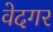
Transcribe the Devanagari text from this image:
वेदगर